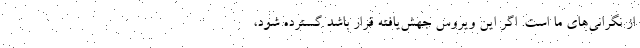
از نگرانی‌های ما است. اگر این ویروس جهش‌یافته قرار باشد گسترده شود،